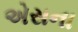
એસના